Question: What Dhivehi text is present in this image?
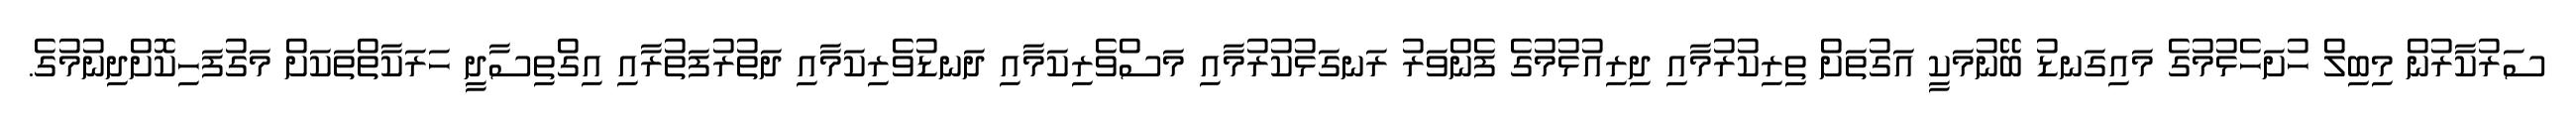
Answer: ސަރުކާރުން މިބިލް ހުށަހެޅުމުގެ މައިގަނޑު ބޭނުމަކީ އަގުތަށް ތިރިކުރުމާއި ދިރިއުޅުމުގެ ފެންވަރު ރަނގަޅުކުރުމާއި މަސްވެރިކަމާއި ދަނޑުވެރިކަމާއި ދަތުރުފަތުރާއި އިގްތިސާދީ ހަރަކާތްތަކަށް މަގުފަހިކޮށްދިނުމުގެ.